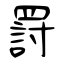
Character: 罸